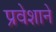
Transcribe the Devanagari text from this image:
प्रवेशाने